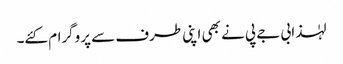
لہٰذا بی جے پی نے بھی اپنی طرف سے پروگرام کئے۔